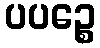
ပပဉ္စေ